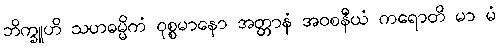
ဘိက္ခူဟိ သဟဓမ္မိကံ ဝုစ္စမာနော အတ္တာနံ အဝစနီယံ ကရောတိ မာ မံ